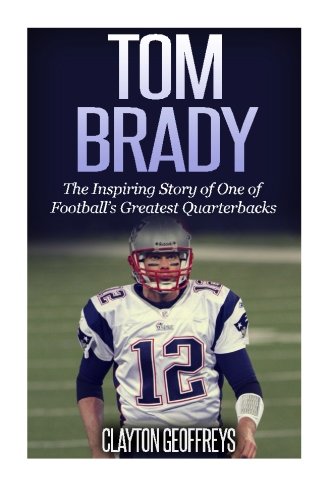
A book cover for Tom Brady: The Inspiring Story of One of Football's Greatest Quarterbacks (Football Biography Books); Clayton Geoffreys; Biographies & Memoirs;